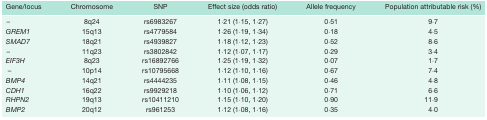
| Gene/locus | Chromosome | SNP | Effect size (odds ratio) | Allele frequency | Population attributable risk (%) |
 | --- | --- | --- | --- | --- | --- |
 | – | 8q24 | rs6983267 | 1·21 (1·15, 1·27) | 0·51 | 9·7 |
 | GREM1 | 15q13 | rs4779584 | 1·26 (1·19, 1·34) | 0·18 | 4·5 |
 | SMAD7 | 18q21 | rs4939827 | 1·18 (1·12, 1·23) | 0·52 | 8·6 |
 | – | 11q23 | rs3802842 | 1·12 (1·07, 1·17) | 0·29 | 3·4 |
 | EIF3H | 8q23 | rs16892766 | 1·25 (1·19, 1·32) | 0·07 | 1·7 |
 | — | 10p14 | rs10795668 | 1·12 (1·10, 1·16) | 0·67 | 7·4 |
 | BMP4 | 14q21 | rs4444235 | 1·11 (1·08, 1·15) | 0·46 | 4·8 |
 | CDH1 | 16q22 | rs9929218 | 1·10 (1·06, 1·12) | 0·71 | 6·6 |
 | RHPN2 | 19q13 | rs10411210 | 1·15 (1·10, 1·20) | 0·90 | 11·9 |
 | BMP2 | 20q12 | rs961253 | 1·12 (1·08, 1·16) | 0·35 | 4·0 |